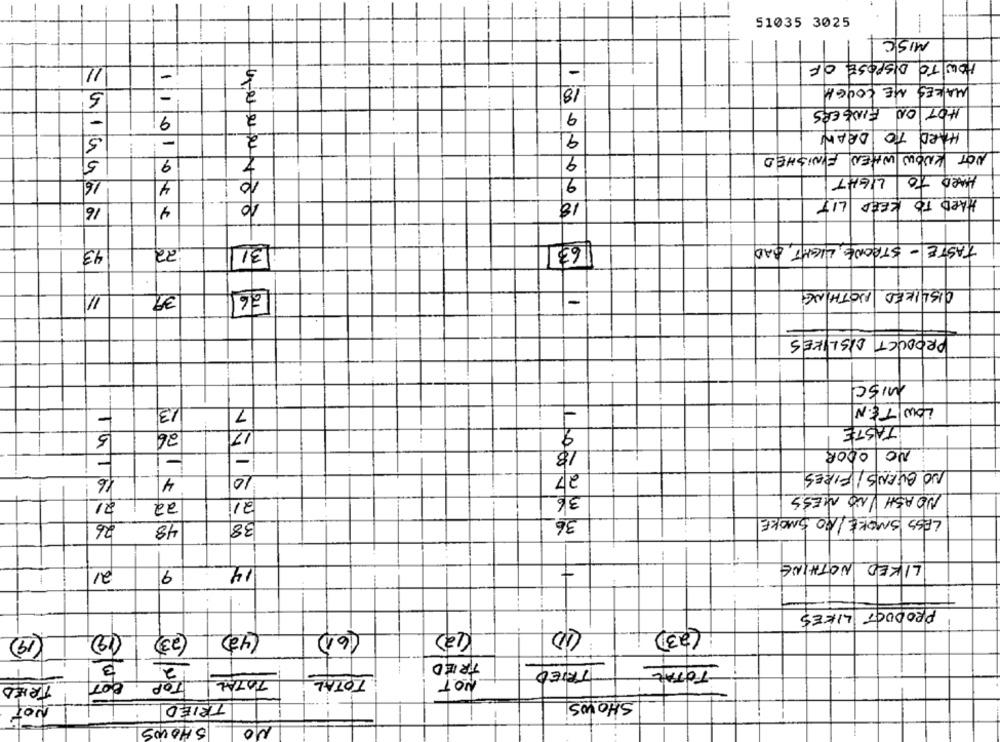
1
51035 3025
MISC
HOW TO DISPOSE OF
11
-
-
2
18
MAKES ME COUGH
5
=
00 FINGERS
HOT
-
9
2
9
DRAW
HARD TO
5
-
2
9
NOT KNOW WHEN FINISHED
5
9
9
LIGHT
HARD to
16
4
10
9
10
18
HARD TO KEEP LIT
16
4
43
22
1/31
63]
TASTE -STRONG LIGHT, BAD
11
39
156
DISLIKED NOTHING
-
1
PRODUCT DISLIKES
MISC
13
LOWITEN
7
26
17
TASTE
5
18
NO ODOR
-
10
27
NO BURNS/ FIRES
16
4
10
36
NO ASH INO MESS
21
22
36
LESS SMOKE/ NO SMOKE
26
48
38
LIKED NOTHING
21
9
14
PRODUCT LIKES
(23)
(19)
10
(23)
(42)
(61)
(12)
3
2
TRIED
TOTAL
TRIED
TOP
TOTAL
TOTAL
NOT
TRIED
NOT
TRIED
SHOWS
SHOWS
NO